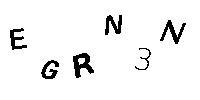
EGRN3N